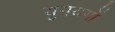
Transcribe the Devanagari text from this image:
युगयगों